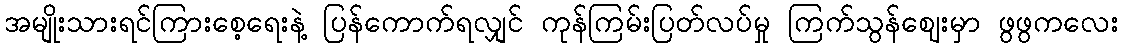
အမျိုးသားရင်ကြားစေ့ရေးနဲ့ ပြန်ကောက်ရလျှင် ကုန်ကြမ်းပြတ်လပ်မှု ကြက်သွန်ဈေးမှာ ဖွဖွကလေး